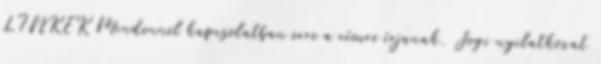
LINKEK Mindennel kapcsolatban erre a címre írjanak. Jogi nyilatkozat